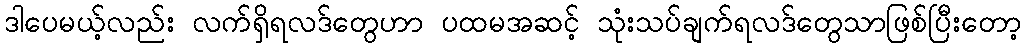
ဒါပေမယ့်လည်း လက်ရှိရလဒ်တွေဟာ ပထမအဆင့် သုံးသပ်ချက်ရလဒ်တွေသာဖြစ်ပြီးတော့